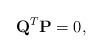
LaTeX: \begin{align*}{\bf Q}^T {\bf P} =0,\end{align*}